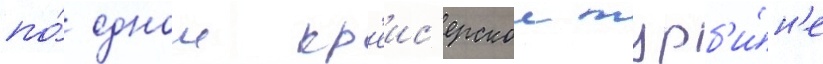
по́ однои кр'еис'ерскои турб'и́н'е